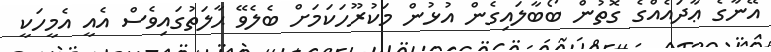
އޭނާގެ ޢާދައެއްގެ ގޮތުން ބޯބާލައިގެން އުޅުން މަކުރޫހަކަމަށް ބެލެވޭ ޙާލަތުގައިވެސް އެއީ އެމީހަކީ